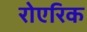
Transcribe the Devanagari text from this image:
रोएरिक